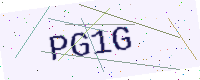
Text: PG1G